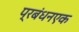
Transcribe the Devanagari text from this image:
प्रबंधनएक